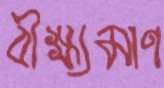
বীক্ষ্যমাণ